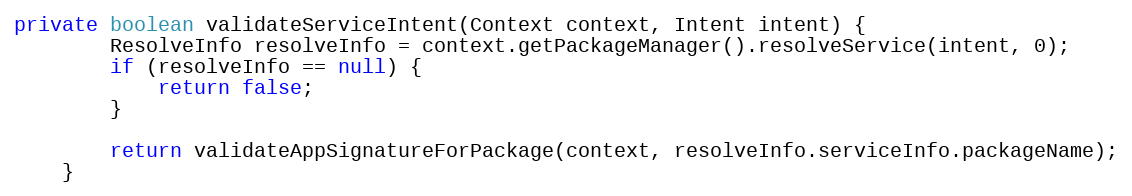
Language: Java
private boolean validateServiceIntent(Context context, Intent intent) {
        ResolveInfo resolveInfo = context.getPackageManager().resolveService(intent, 0);
        if (resolveInfo == null) {
            return false;
        }

        return validateAppSignatureForPackage(context, resolveInfo.serviceInfo.packageName);
    }